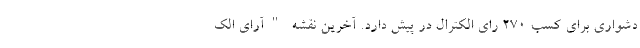
دشواری برای کسب 270 رای الکترال در پیش دارد. آخرین نقشه "آرای الک